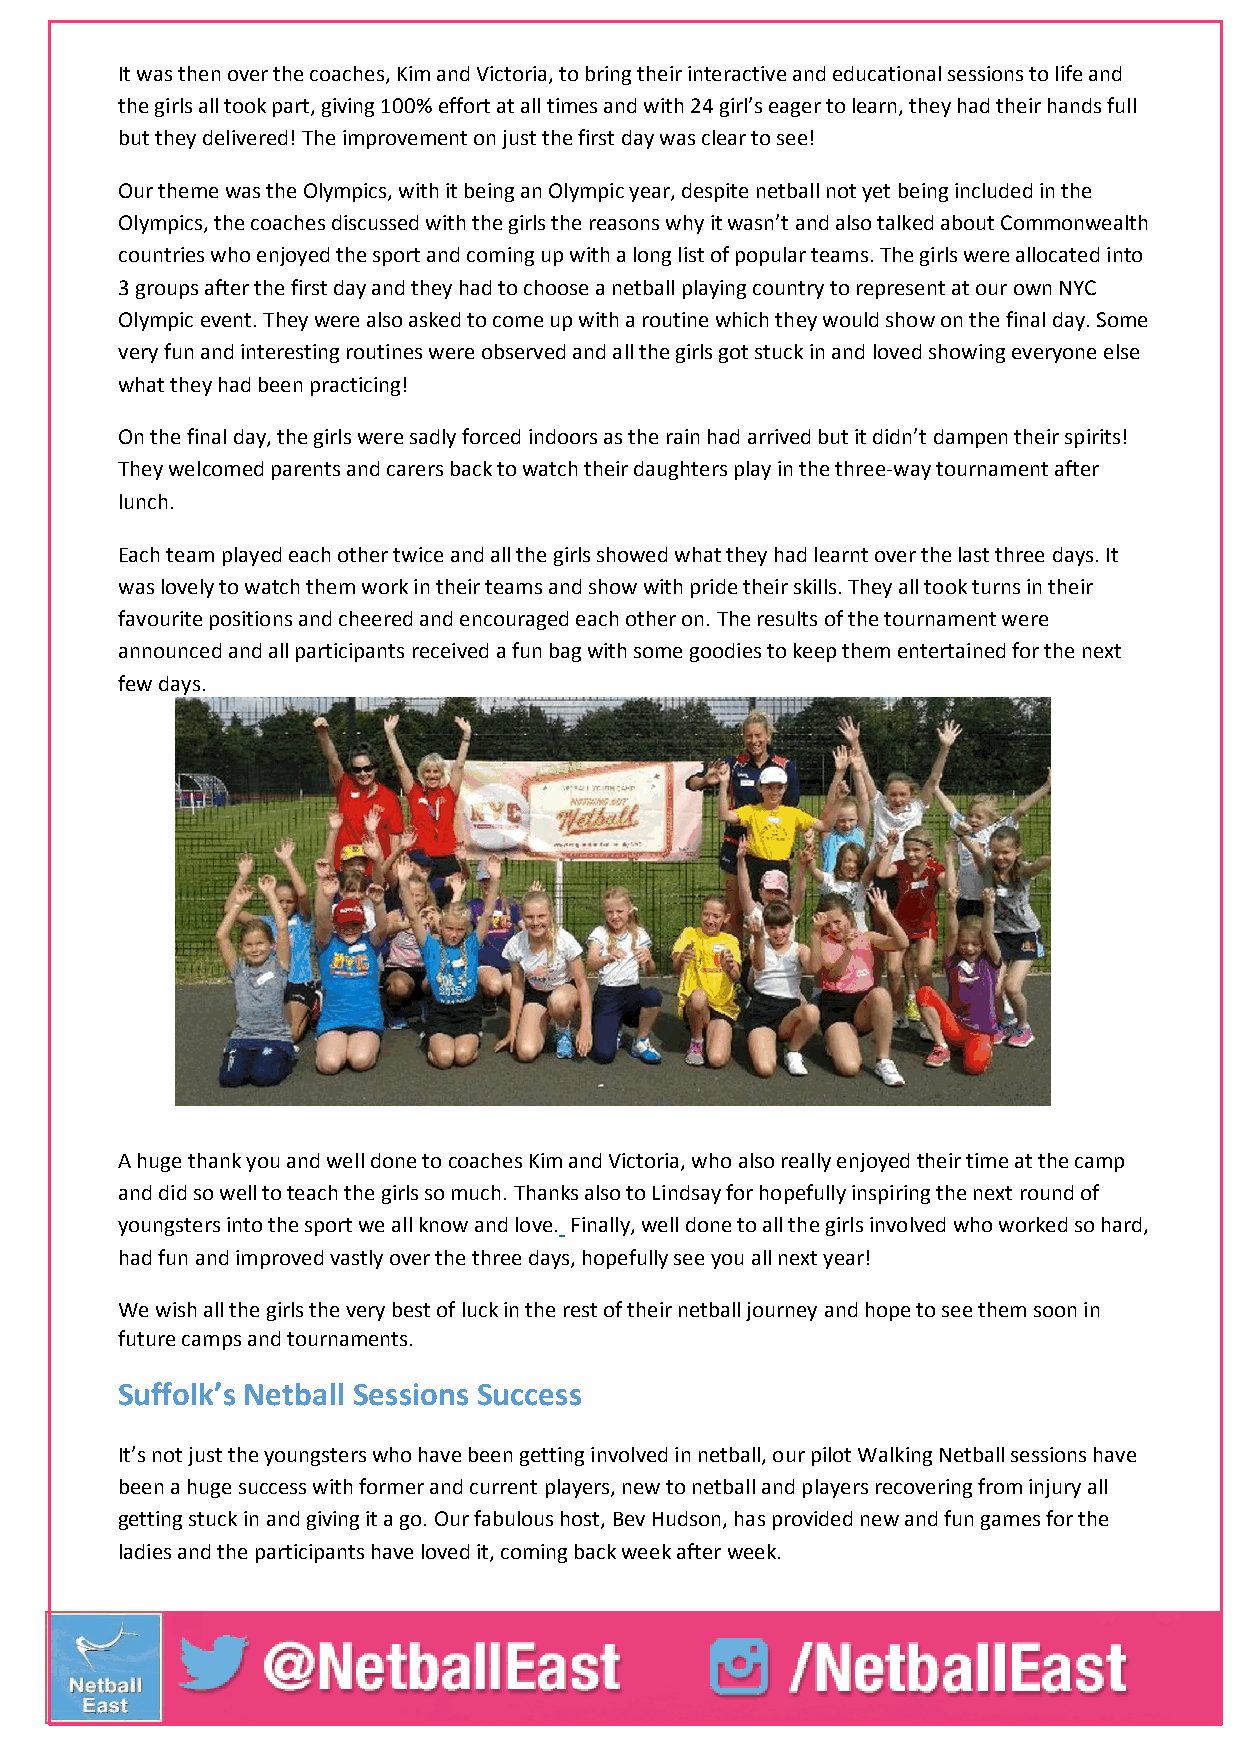
It was then over the coaches, Kim and Victoria, to bring their interactive and educational sessions to life and
 the girls all took part, giving 100% effort at all times and with 24 girl’s eager to learn, they had their hands full
 but they delivered! The improvement on just the first day was clear to see!
 Our theme was the Olympics, with it being an Olympic year, despite netball not yet being included in the
 Olympics, the coaches discussed with the girls the reasons why it wasn’t and also talked about Commonwealth
 countries who enjoyed the sport and coming up with a long list of popular teams. The girls were allocated into
 3 groups after the first day and they had to choose a netball playing country to represent at our own NYC
 Olympic event. They were also asked to come up with a routine which they would show on the final day. Some
 very fun and interesting routines were observed and all the girls got stuck in and loved showing everyone else
 what they had been practicing!
 On the final day, the girls were sadly forced indoors as the rain had arrived but it didn’t dampen their spirits!
 They welcomed parents and carers back to watch their daughters play in the three-way tournament after
 lunch.
 Each team played each other twice and all the girls showed what they had learnt over the last three days. It
 was lovely to watch them work in their teams and show with pride their skills. They all took turns in their
 favourite positions and cheered and encouraged each other on. The results of the tournament were
 announced and all participants received a fun bag with some goodies to keep them entertained for the next
 few days.
 A huge thank you and well done to coaches Kim and Victoria, who also really enjoyed their time at the camp
 and did so well to teach the girls so much. Thanks also to Lindsay for hopefully inspiring the next round of
 youngsters into the sport we all know and love. Finally, well done to all the girls involved who worked so hard,
 had fun and improved vastly over the three days, hopefully see you all next year!
 We wish all the girls the very best of luck in the rest of their netball journey and hope to see them soon in
 future camps and tournaments.
 Suffolk’s Netball Sessions Success
 It’s not just the youngsters who have been getting involved in netball, our pilot Walking Netball sessions have
 been a huge success with former and current players, new to netball and players recovering from injury all
 getting stuck in and giving it a go. Our fabulous host, Bev Hudson, has provided new and fun games for the
 ladies and the participants have loved it, coming back week after week.